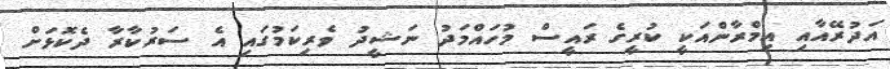
އަދުރޭއާއި އިމްރާންއަކީ ކުރީގެ ރައީސް މުހައްމަދު ނަޝީދު ވެރިކަމުގައި އެ ސަރުކާރާ ދެކޮޅަށް